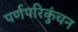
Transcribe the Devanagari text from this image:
पर्णपरिकुंचन